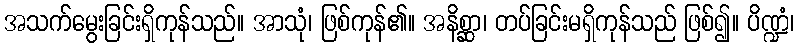
အသက်မွေးခြင်းရှိကုန်သည်။ အာသုံ၊ ဖြစ်ကုန်၏။ အနိစ္ဆာ၊ တပ်ခြင်းမရှိကုန်သည် ဖြစ်၍။ ပိဏ္ဍံ၊